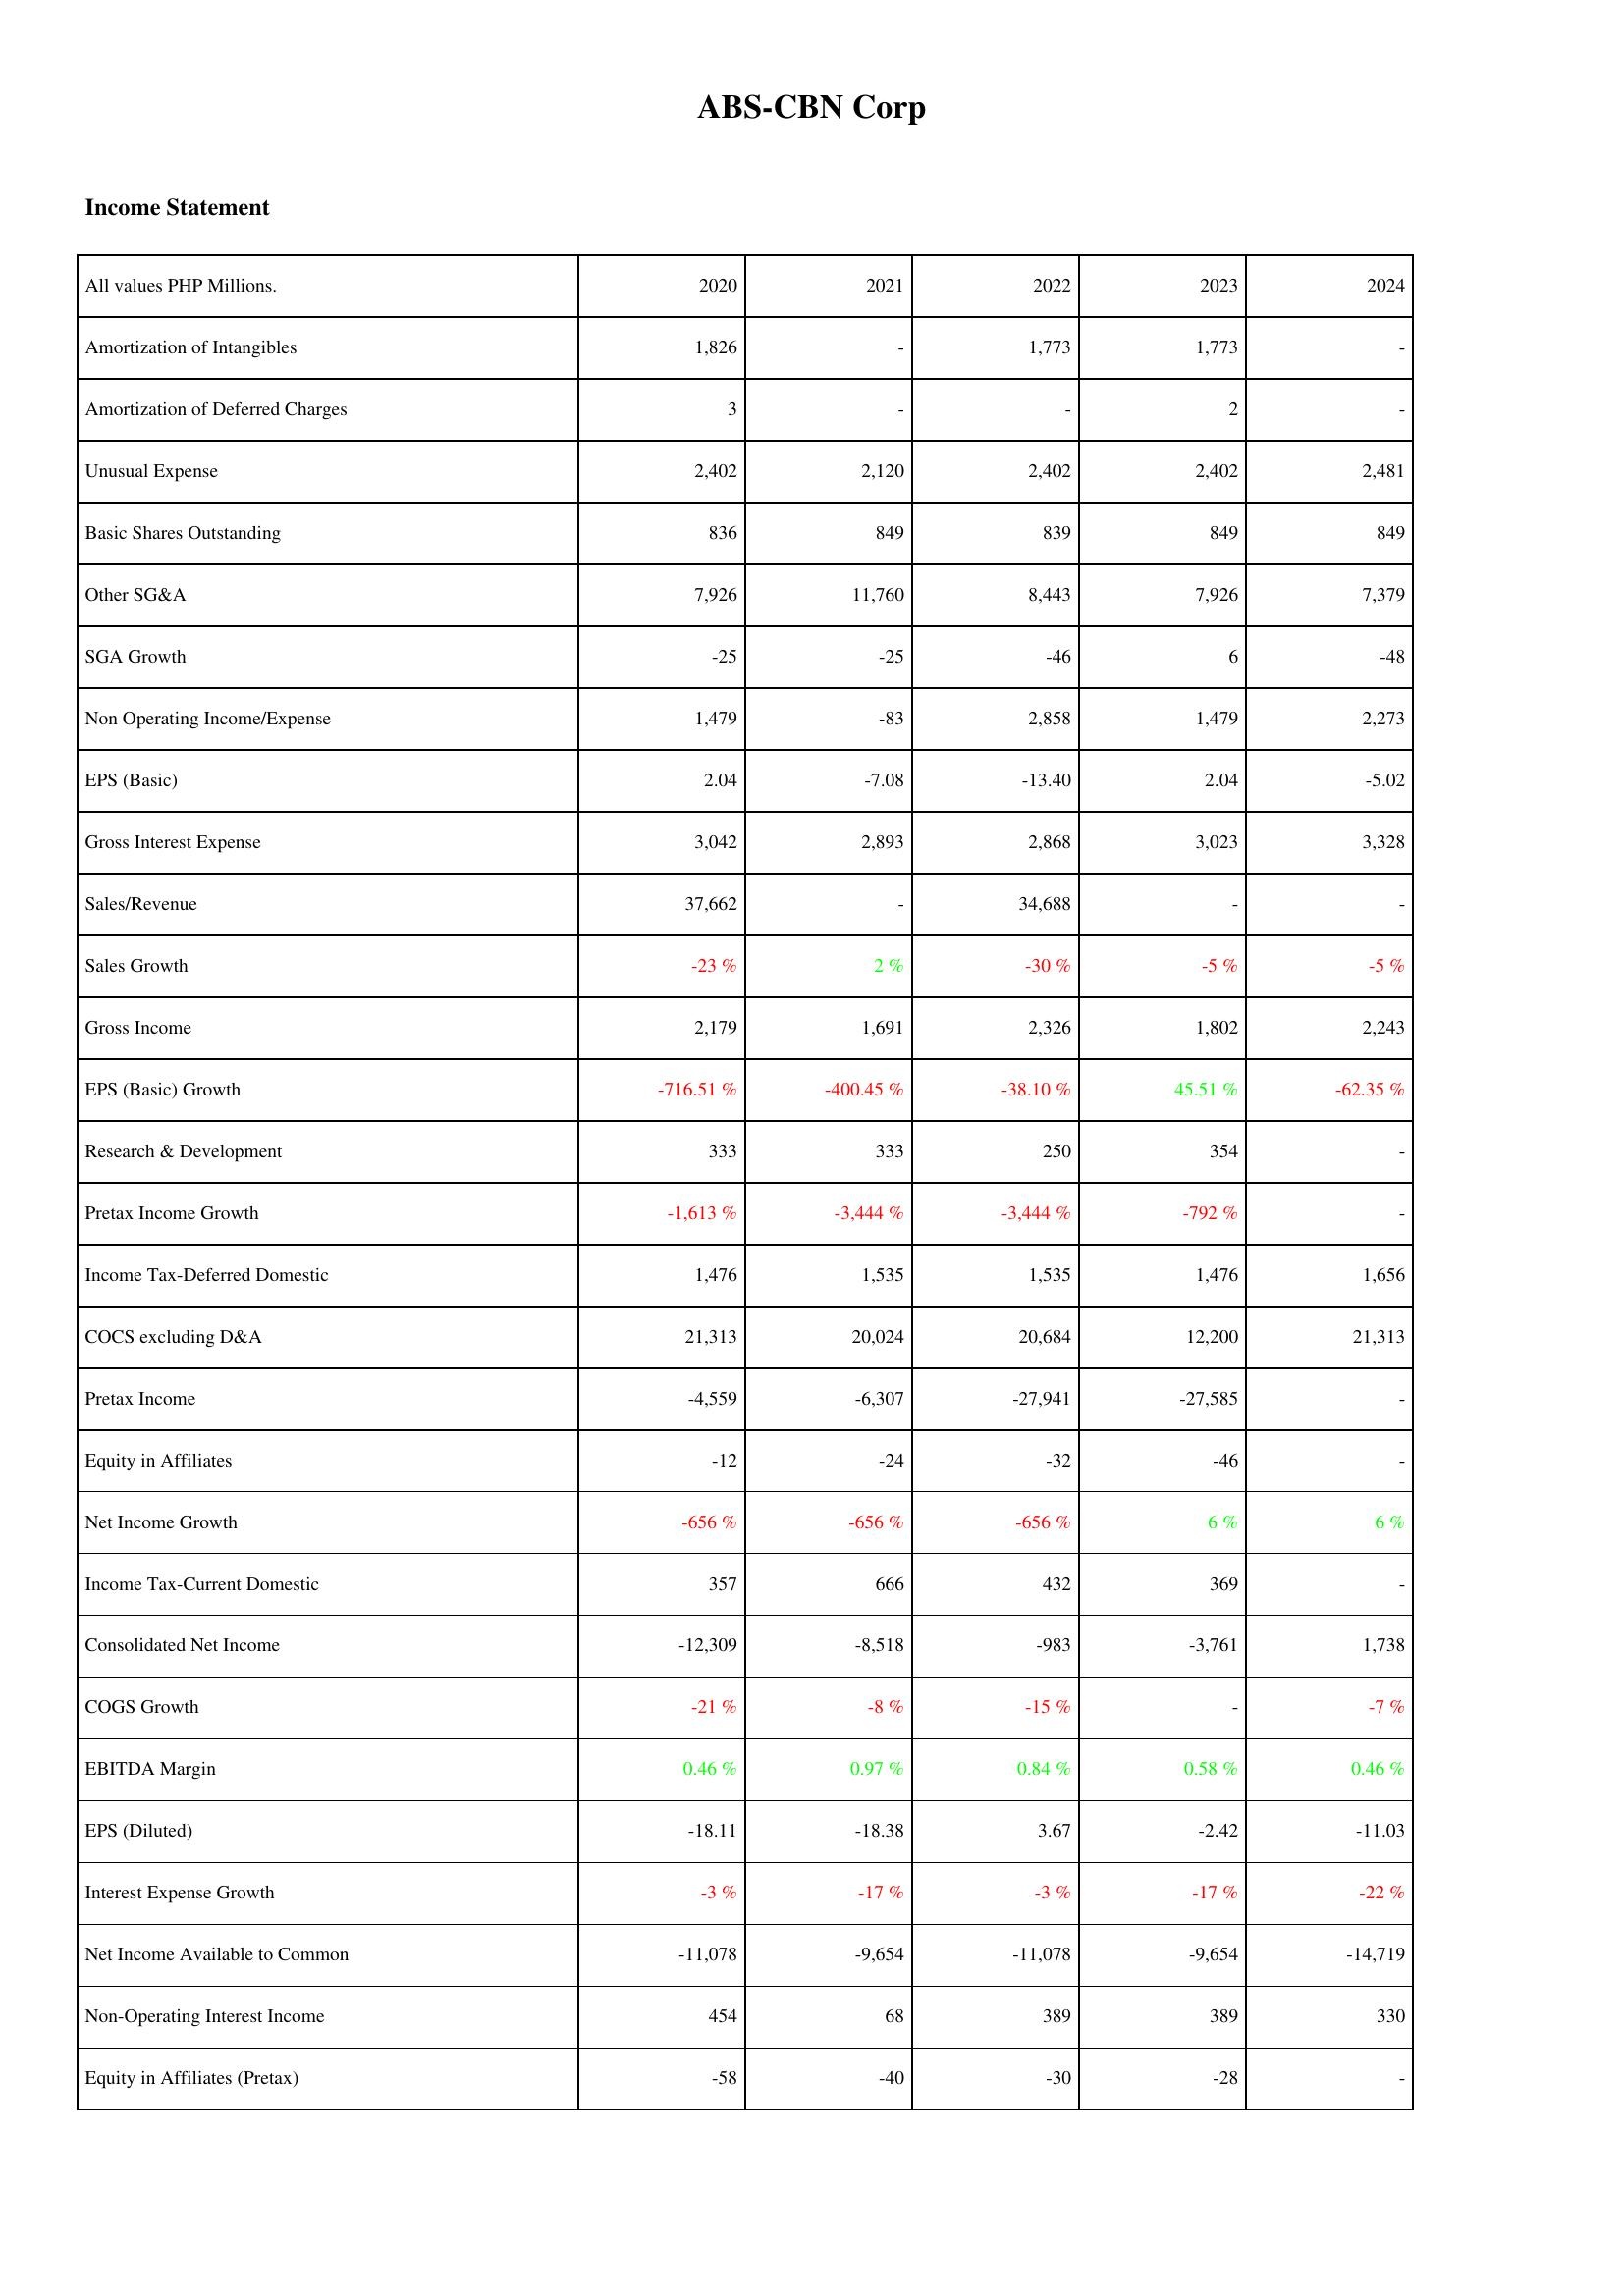
2020: Income Statement: Amortization of Intangibles: 1,826
Amortization of Deferred Charges: 3
Unusual Expense: 2,402
Basic Shares Outstanding: 836
Other SG&A: 7,926
SGA Growth: -25
Non Operating Income/Expense: 1,479
EPS (Basic): 2.04
Gross Interest Expense: 3,042
Sales/Revenue: 37,662
Sales Growth: -23 %
Gross Income: 2,179
EPS (Basic) Growth: -716.51 %
Research & Development: 333
Pretax Income Growth: -1,613 %
Income Tax-Deferred Domestic: 1,476
COCS excluding D&A: 21,313
Pretax Income: -4,559
Equity in Affiliates: -12
Net Income Growth: -656 %
Income Tax-Current Domestic: 357
Consolidated Net Income: -12,309
COGS Growth: -21 %
EBITDA Margin: 0.46 %
EPS (Diluted): -18.11
Interest Expense Growth: -3 %
Net Income Available to Common: -11,078
Non-Operating Interest Income: 454
Equity in Affiliates (Pretax): -58
2021: Income Statement: Amortization of Intangibles: -
Amortization of Deferred Charges: -
Unusual Expense: 2,120
Basic Shares Outstanding: 849
Other SG&A: 11,760
SGA Growth: -25
Non Operating Income/Expense: -83
EPS (Basic): -7.08
Gross Interest Expense: 2,893
Sales/Revenue: -
Sales Growth: 2 %
Gross Income: 1,691
EPS (Basic) Growth: -400.45 %
Research & Development: 333
Pretax Income Growth: -3,444 %
Income Tax-Deferred Domestic: 1,535
COCS excluding D&A: 20,024
Pretax Income: -6,307
Equity in Affiliates: -24
Net Income Growth: -656 %
Income Tax-Current Domestic: 666
Consolidated Net Income: -8,518
COGS Growth: -8 %
EBITDA Margin: 0.97 %
EPS (Diluted): -18.38
Interest Expense Growth: -17 %
Net Income Available to Common: -9,654
Non-Operating Interest Income: 68
Equity in Affiliates (Pretax): -40
2022: Income Statement: Amortization of Intangibles: 1,773
Amortization of Deferred Charges: -
Unusual Expense: 2,402
Basic Shares Outstanding: 839
Other SG&A: 8,443
SGA Growth: -46
Non Operating Income/Expense: 2,858
EPS (Basic): -13.40
Gross Interest Expense: 2,868
Sales/Revenue: 34,688
Sales Growth: -30 %
Gross Income: 2,326
EPS (Basic) Growth: -38.10 %
Research & Development: 250
Pretax Income Growth: -3,444 %
Income Tax-Deferred Domestic: 1,535
COCS excluding D&A: 20,684
Pretax Income: -27,941
Equity in Affiliates: -32
Net Income Growth: -656 %
Income Tax-Current Domestic: 432
Consolidated Net Income: -983
COGS Growth: -15 %
EBITDA Margin: 0.84 %
EPS (Diluted): 3.67
Interest Expense Growth: -3 %
Net Income Available to Common: -11,078
Non-Operating Interest Income: 389
Equity in Affiliates (Pretax): -30
2023: Income Statement: Amortization of Intangibles: 1,773
Amortization of Deferred Charges: 2
Unusual Expense: 2,402
Basic Shares Outstanding: 849
Other SG&A: 7,926
SGA Growth: 6
Non Operating Income/Expense: 1,479
EPS (Basic): 2.04
Gross Interest Expense: 3,023
Sales/Revenue: -
Sales Growth: -5 %
Gross Income: 1,802
EPS (Basic) Growth: 45.51 %
Research & Development: 354
Pretax Income Growth: -792 %
Income Tax-Deferred Domestic: 1,476
COCS excluding D&A: 12,200
Pretax Income: -27,585
Equity in Affiliates: -46
Net Income Growth: 6 %
Income Tax-Current Domestic: 369
Consolidated Net Income: -3,761
COGS Growth: -
EBITDA Margin: 0.58 %
EPS (Diluted): -2.42
Interest Expense Growth: -17 %
Net Income Available to Common: -9,654
Non-Operating Interest Income: 389
Equity in Affiliates (Pretax): -28
2024: Income Statement: Amortization of Intangibles: -
Amortization of Deferred Charges: -
Unusual Expense: 2,481
Basic Shares Outstanding: 849
Other SG&A: 7,379
SGA Growth: -48
Non Operating Income/Expense: 2,273
EPS (Basic): -5.02
Gross Interest Expense: 3,328
Sales/Revenue: -
Sales Growth: -5 %
Gross Income: 2,243
EPS (Basic) Growth: -62.35 %
Research & Development: -
Pretax Income Growth: -
Income Tax-Deferred Domestic: 1,656
COCS excluding D&A: 21,313
Pretax Income: -
Equity in Affiliates: -
Net Income Growth: 6 %
Income Tax-Current Domestic: -
Consolidated Net Income: 1,738
COGS Growth: -7 %
EBITDA Margin: 0.46 %
EPS (Diluted): -11.03
Interest Expense Growth: -22 %
Net Income Available to Common: -14,719
Non-Operating Interest Income: 330
Equity in Affiliates (Pretax): -